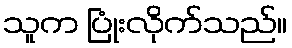
သူက ပြုံးလိုက်သည်။